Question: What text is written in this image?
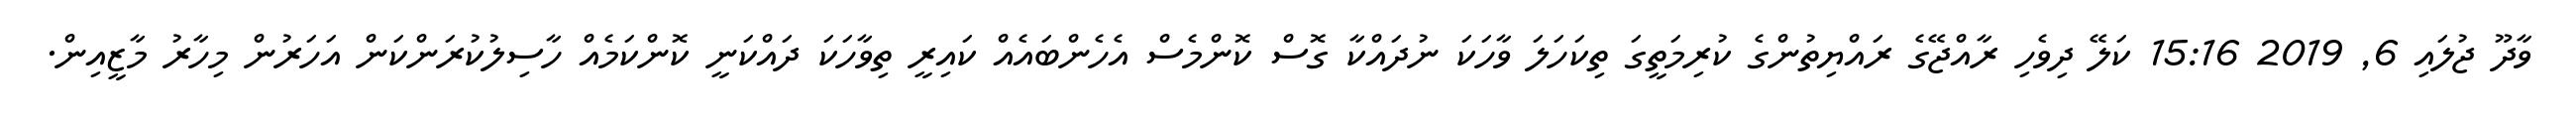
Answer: ވާދޫ ޖުލައި 6, 2019 15:16 ކަލޭ ދިވެހި ރާއްޖޭގެ ރައްޔިތުންގެ ކުރިމަތީގަ ތިކަހަލަ ވާހަކަ ނުދައްކާ ގޮސް ކޮންމެސް އެހެންބައެއް ކައިރީ ތިވާހަކަ ދައްކަނީ ކޮންކަމެއް ހާސިލުކުރަންކަން އަހަރުން މިހާރު މާޒީއިން.